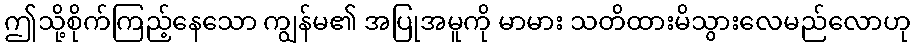
ဤသို့စိုက်ကြည့်နေသော ကျွန်မ၏ အပြုအမူကို မာမား သတိထားမိသွားလေမည်လောဟု